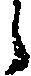
う